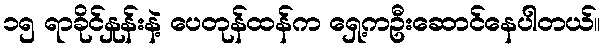
၁၅ ရာခိုင်နှုန်းနဲ့ ပေတုန်ထန်က ရှေ့ကဦးဆောင်နေပါတယ်။